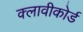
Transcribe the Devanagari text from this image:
क्लावीकोर्ड